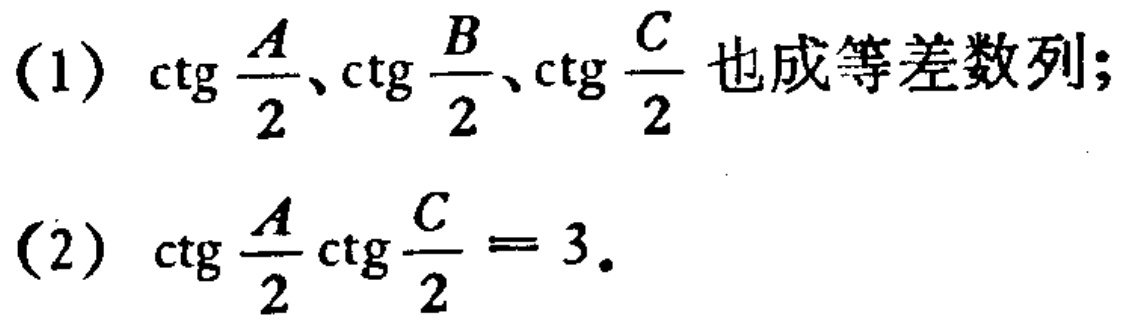
(1) \(\cot\frac{A}{2}、\cot\frac{B}{2}、\cot\frac{C}{2}\) 也成等差数列;

(2) \(\cot\frac{A}{2}\cot\frac{C}{2}=3\).